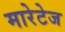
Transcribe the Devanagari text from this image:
मारेटेज